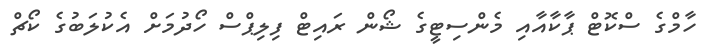
ހާމްގެ ސްކޮޓް ޕާކާއާއި މެންސިޓީގެ ޝޯން ރައިޓް ފިލިޕްސް ހޯދުމަށް އެކުލަބުގެ ކޯޗް